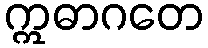
ဣဓာဂတေ